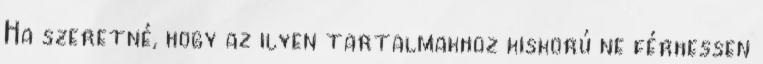
Ha szeretné, hogy az ilyen tartalmakhoz kiskorú ne férhessen